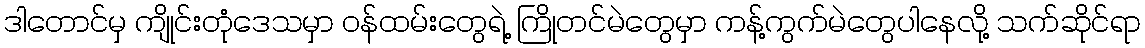
ဒါတောင်မှ ကျိုင်းတုံဒေသမှာ ဝန်ထမ်းတွေရဲ့ ကြိုတင်မဲတွေမှာ ကန့်ကွက်မဲတွေပါနေလို့ သက်ဆိုင်ရာ